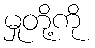
မှုတို့ကို